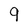
Character: 9